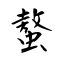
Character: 螯